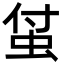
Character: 𧊆